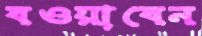
বওয়াবেন